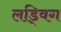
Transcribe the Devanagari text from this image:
लड्विग